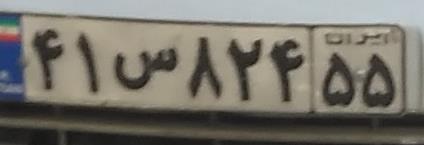
۴۱س۸۲۴۵۵